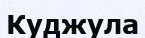
Куджула